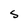
Character: S